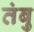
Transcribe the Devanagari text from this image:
तंबु